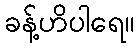
ခန့်ဟိပါရေ။